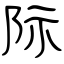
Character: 际